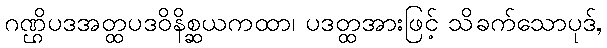
ဂဏ္ဌိပဒအတ္ထပဒဝိနိစ္ဆယကထာ၊ ပဒတ္ထအားဖြင့် သိခက်သောပုဒ်,